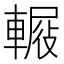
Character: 𨍿